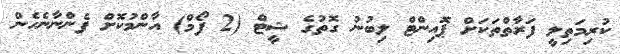
ކުރިމަތިލީ ފަރާތްތަކަށް ޕޮއިންޓް ލިބުނު ގޮތުގެ ޝީޓް (2 ފޯމް) އާންމުކޮށް ފެންނާނެހެން